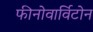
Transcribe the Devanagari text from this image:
फीनोवार्विटोन